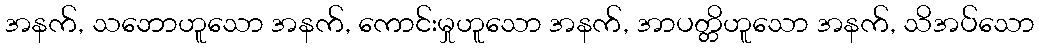
အနက်, သဘောဟူသော အနက်, ကောင်းမှုဟူသော အနက်, အာပတ္တိဟူသော အနက်, သိအပ်သော